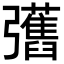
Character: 𢑇